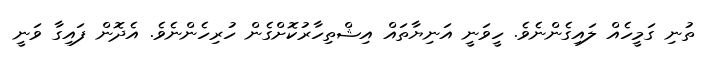
ތުނި ގަމީހެއް ލައިގެންނެވެ. ހީވަނީ އަނިޔާތައް އިޝްތިހާރުކޮށްގެން ހުރިހެންނެވެ. އެދޮން ފައިގާ ވަނީ